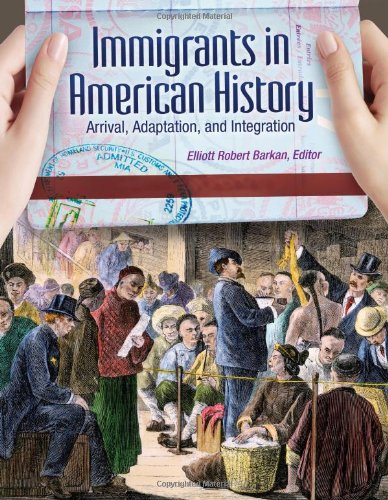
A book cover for Immigrants in American History: Arrival, Adaptation, and Integration (4 Volume Set); History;